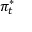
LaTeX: \pi _ { t } ^ { * }